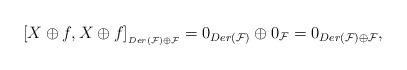
LaTeX: \begin{align*}[X\oplus f, X\oplus f]_{_{Der(\mathcal{F})\oplus\mathcal{F}}}=0_{Der(\mathcal{F})}\oplus 0_{\mathcal{F}}=0_{Der(\mathcal{F})\oplus\mathcal{F}},\end{align*}